Riigikantselei, lk 489
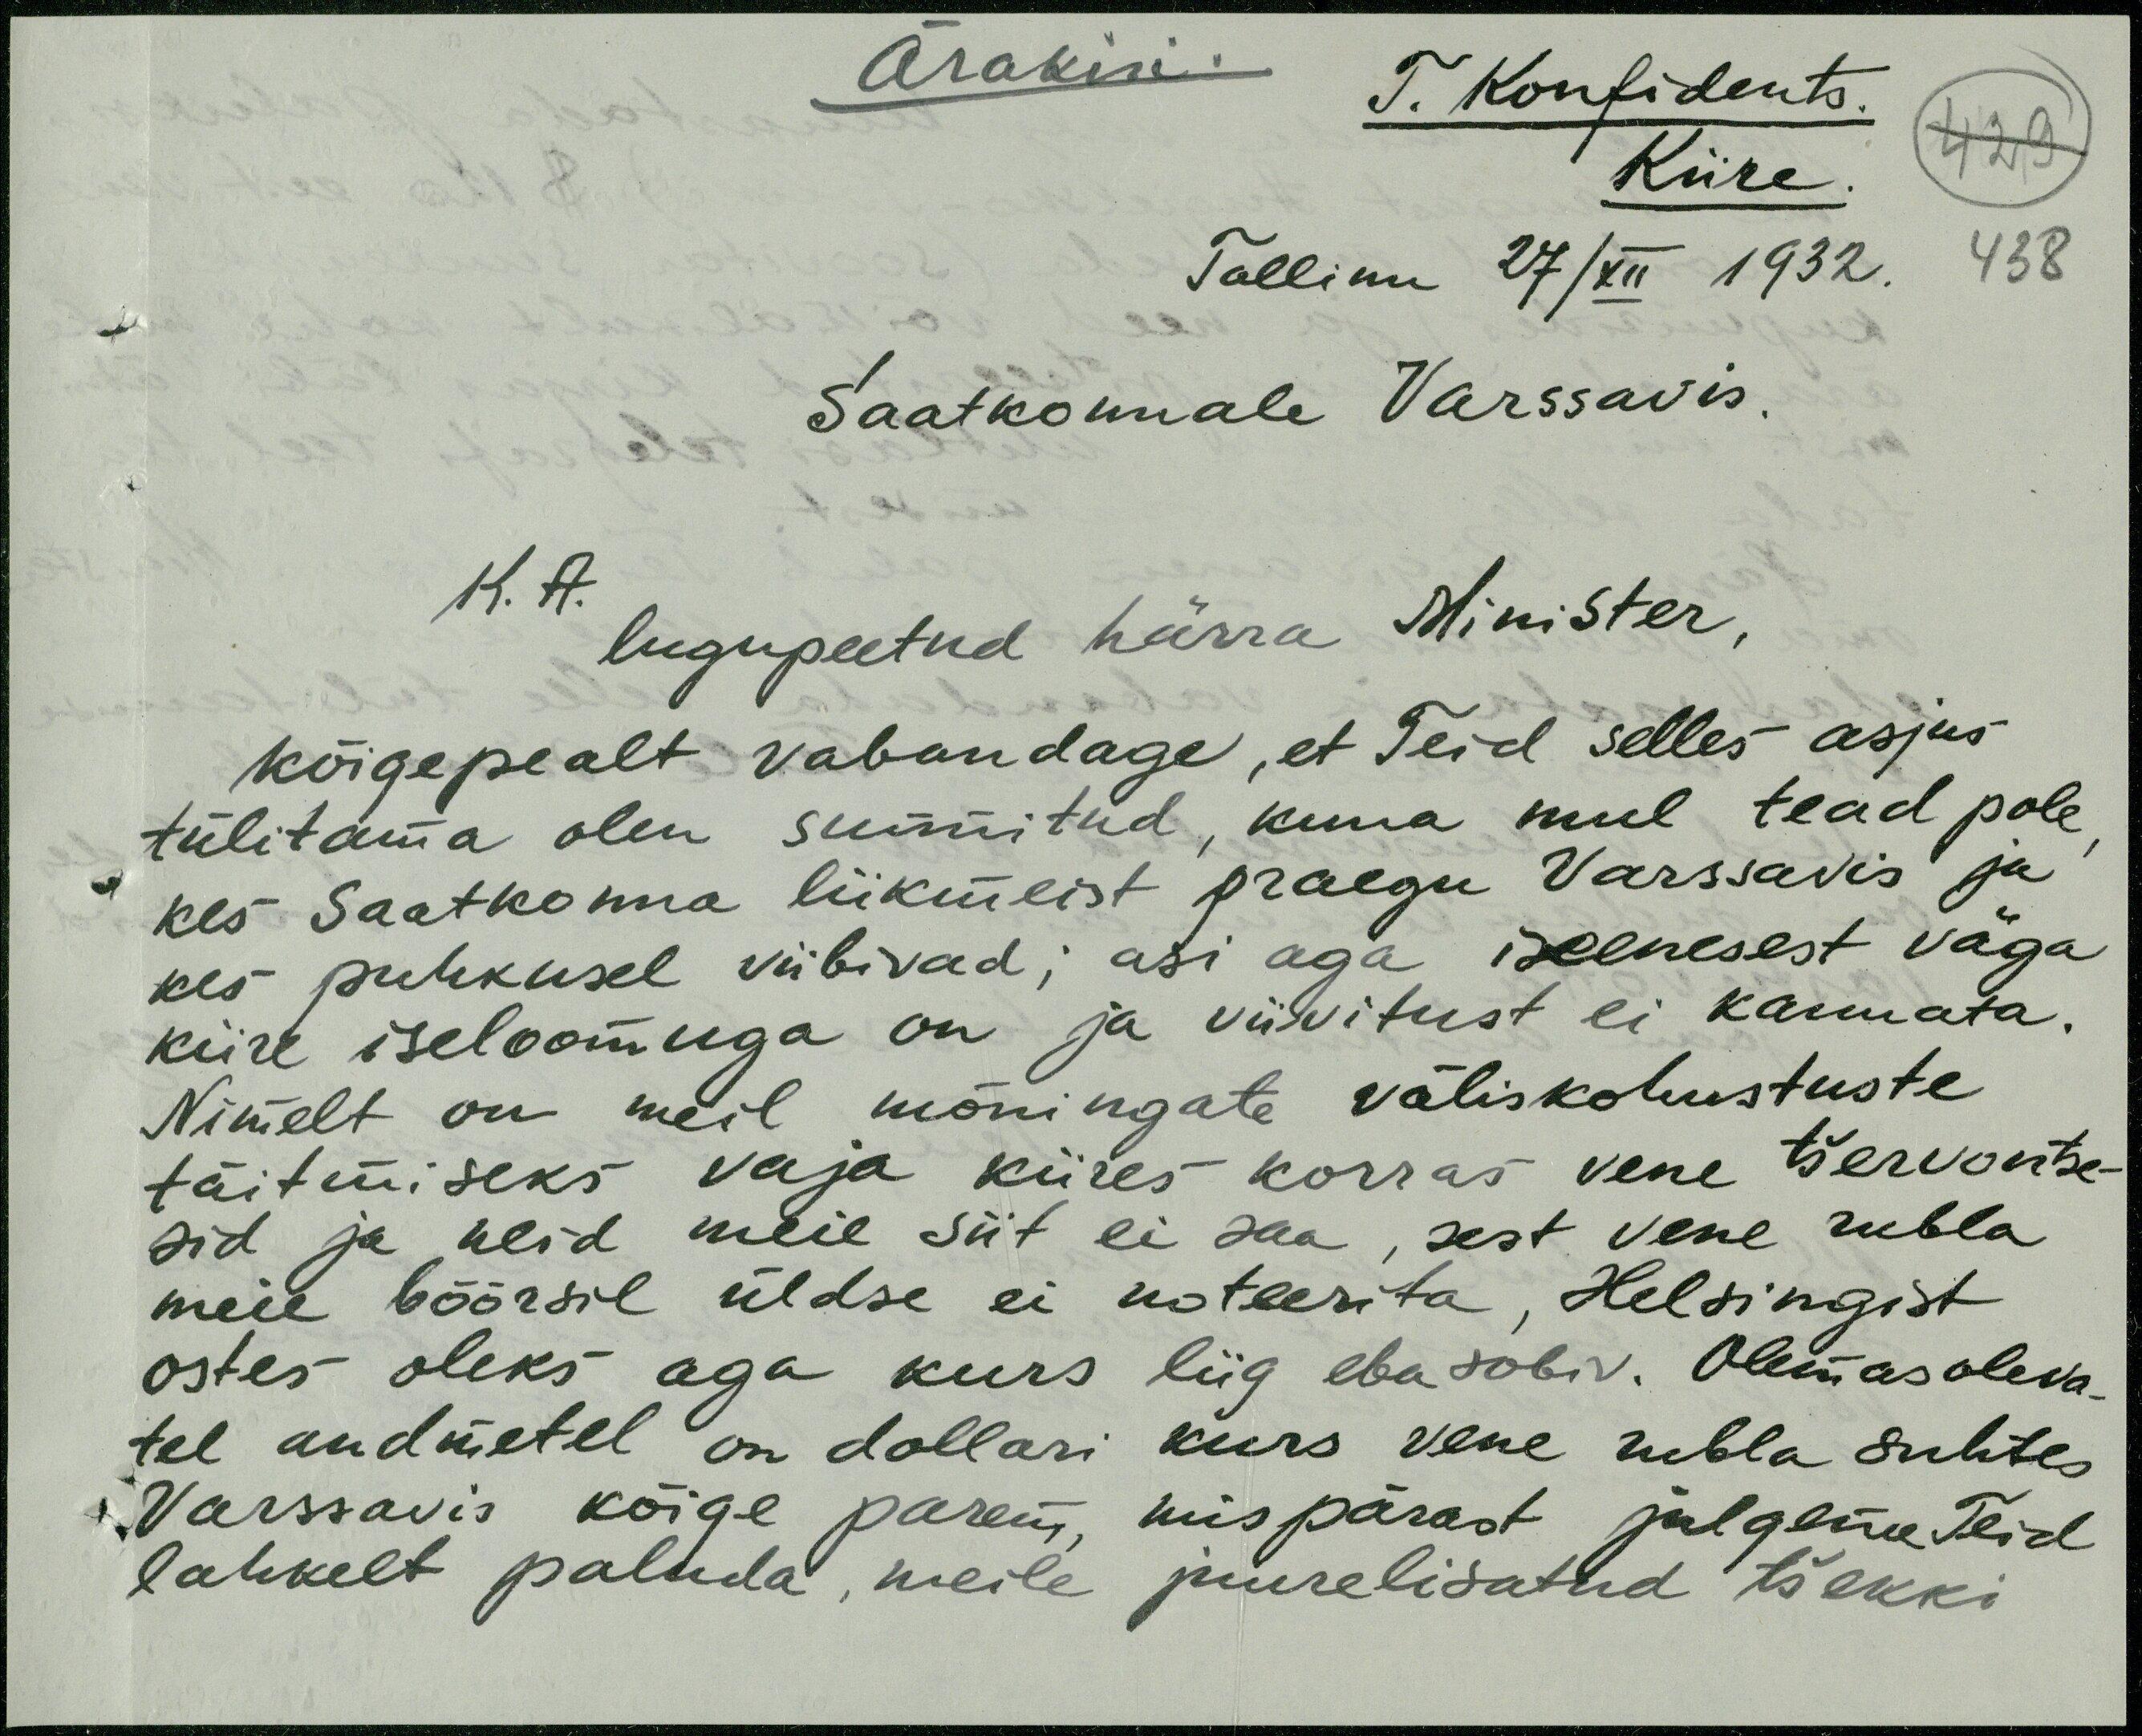
Ärakiri.
T. Konfidents.
Kiire
Tallinn 27/XII 1932. 438
Saatkonnale Varssavis.
K. A.
lugupeetud härra Minister,
kõigepealt vabandage, et Teid selles asjus
tülitama olen sunnitud, kuna mul tead pole
kes Saatkonna liikmeist praegu Varssavis ja
kes puhkusel viibivad; asi aga iseenesest väga
kiire iseloomuga on ja viivitust ei kannata.
Nimelt on meil mõningate väliskohustuste
täitmiseks vaja kiires korras vene tšervontse-
sid ja neid meil siit ei saa, sest vene rubla
meie böörsil üldse ei noteerita, Helsingist
ostes oleks aga kurs liig ebasobiv. Olemasoleva-
tel andmetel on dollari kurs vene rubla suhtes
Varssavis kõige parem, mispärast julgeme Teid
lahkelt paluda, meile juurelisatud tšekki